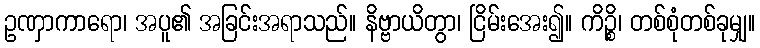
ဥဏှာကာရော၊ အပူ၏ အခြင်းအရာသည်။ နိဗ္ဗာယိတွာ၊ ငြိမ်းအေး၍။ ကိဉ္စိ၊ တစ်စုံတစ်ခုမျှ။